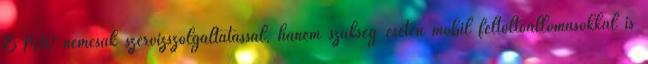
BMW nemcsak szervizszolgáltatással, hanem szükség esetén mobil feltöltőállomásokkal is